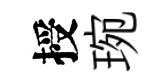
授琬